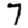
Digit: 7